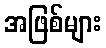
အဖြစ်များ